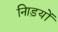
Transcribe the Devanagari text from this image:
नािड़यों